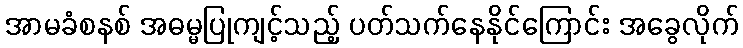
အာမခံစနစ် အဓမ္မပြုကျင့်သည့် ပတ်သက်နေနိုင်ကြောင်း အခွေလိုက်